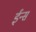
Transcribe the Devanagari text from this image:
ईन्स